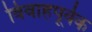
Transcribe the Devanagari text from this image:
विवाहपूर्वक